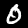
Digit: 0